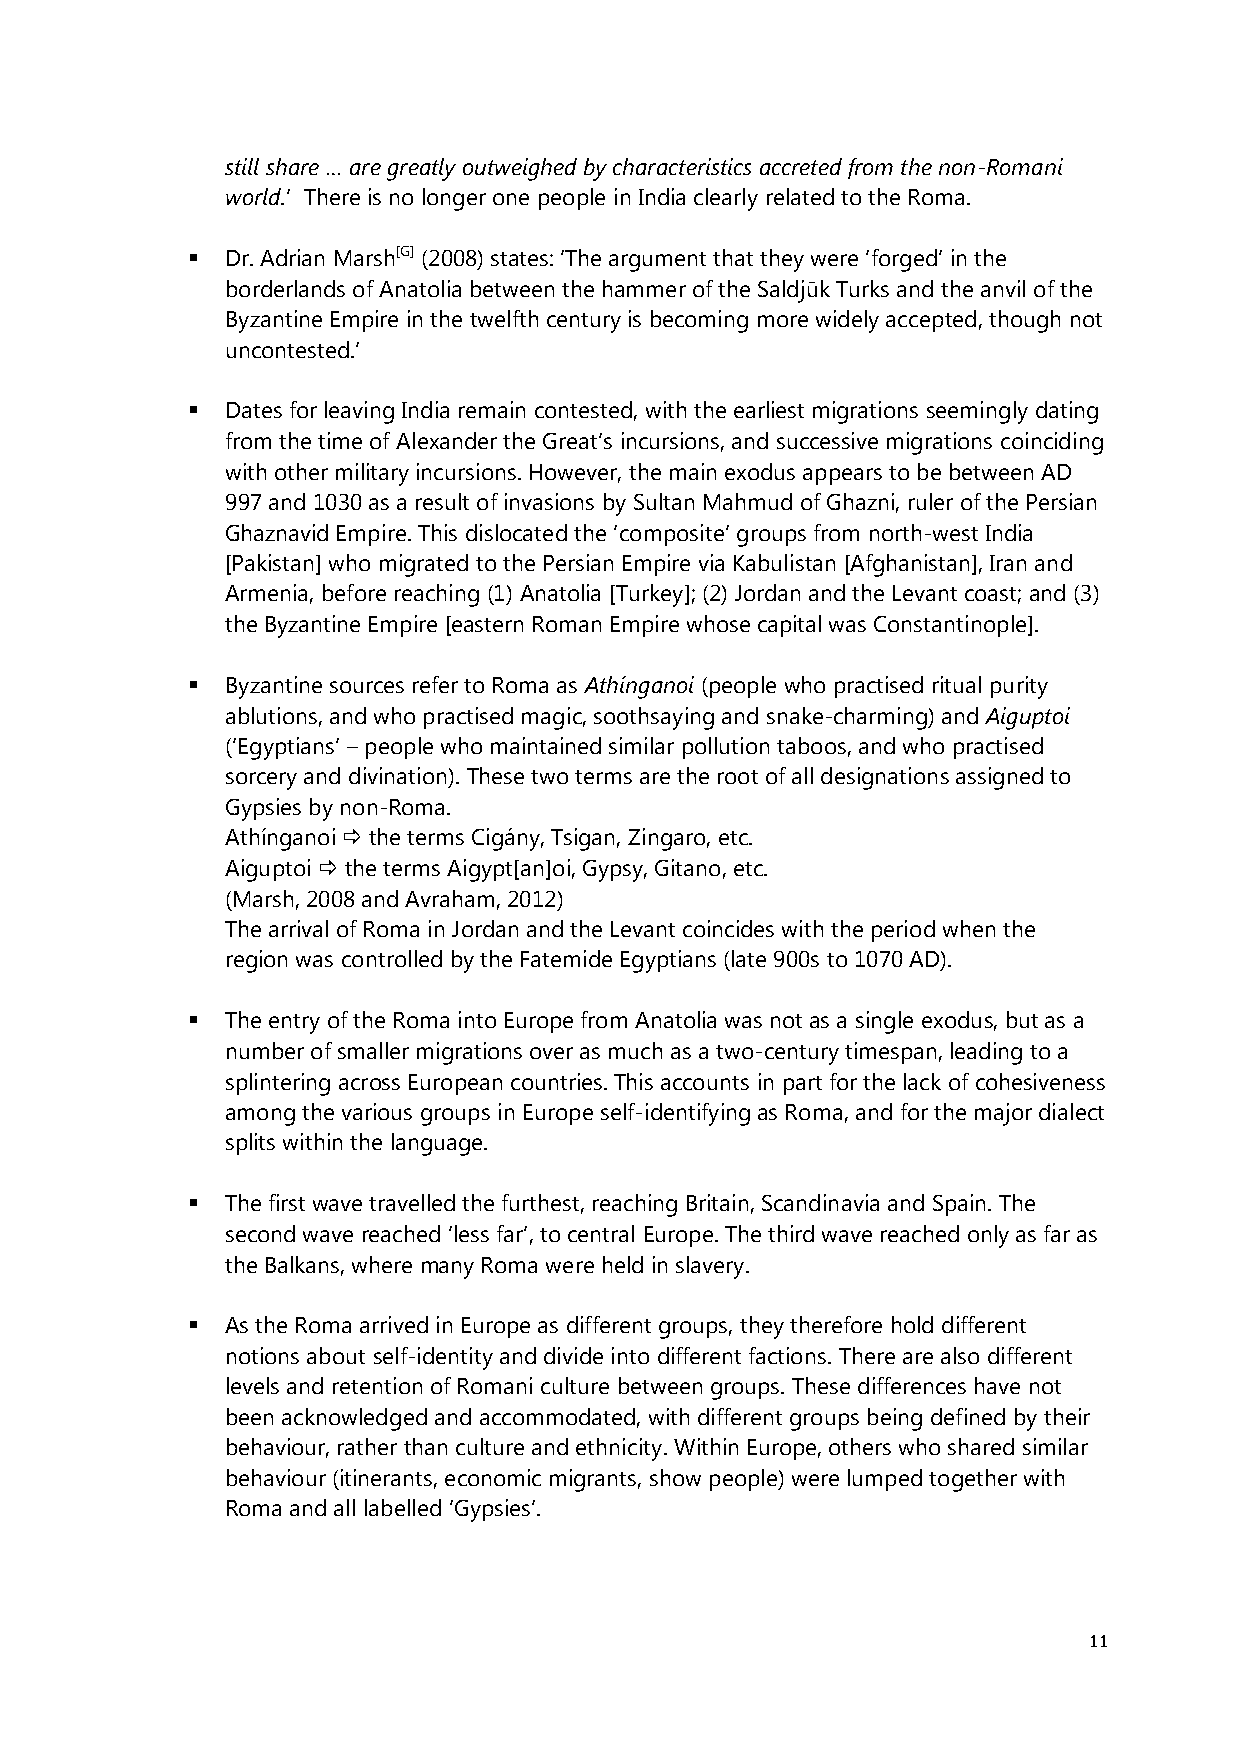
still share … are greatly outweighed by characteristics accreted from the non-Romani
 world.’ There is no longer one people in India clearly related to the Roma.
   Dr. Adrian Marsh[G] (﴾2008)﴿ states: ‘The argument that they were ‘forged’ in the
 borderlands of Anatolia between the hammer of the Saldjūk Turks and the anvil of the
 Byzantine Empire in the twelfth century is becoming more widely accepted, though not
 uncontested.’
   Dates for leaving India remain contested, with the earliest migrations seemingly dating
 from the time of Alexander the Great’s incursions, and successive migrations coinciding
 with other military incursions. However, the main exodus appears to be between AD
 997 and 1030 as a result of invasions by Sultan Mahmud of Ghazni, ruler of the Persian
 Ghaznavid Empire. This dislocated the ‘composite’ groups from north-west India
 [Pakistan] who migrated to the Persian Empire via Kabulistan [Afghanistan], Iran and
 Armenia, before reaching (1) Anatolia [Turkey]; (2) Jordan and the Levant coast; and (3)
 the Byzantine Empire [eastern Roman Empire whose capital was Constantinople].
   Byzantine sources refer to Roma as Athínganoi (people who practised ritual purity
 ablutions, and who practised magic, soothsaying and snake-charming) and Aiguptoi
 (‘Egyptians’ – people who maintained similar pollution taboos, and who practised
 sorcery and divination). These two terms are the root of all designations assigned to
 Gypsies by non-Roma.
 Athínganoi  the terms Cigány, Tsigan, Zingaro, etc.
 Aiguptoi  the terms Aigypt[an]oi, Gypsy, Gitano, etc.
 (Marsh, 2008 and Avraham, 2012)
 The arrival of Roma in Jordan and the Levant coincides with the period when the
 region was controlled by the Fatemide Egyptians (late 900s to 1070 AD).
   The entry of the Roma into Europe from Anatolia was not as a single exodus, but as a
 number of smaller migrations over as much as a two-century timespan, leading to a
 splintering across European countries. This accounts in part for the lack of cohesiveness
 among the various groups in Europe self-identifying as Roma, and for the major dialect
 splits within the language.
   The first wave travelled the furthest, reaching Britain, Scandinavia and Spain. The
 second wave reached ‘less far’, to central Europe. The third wave reached only as far as
 the Balkans, where many Roma were held in slavery.
   As the Roma arrived in Europe as different groups, they therefore hold different
 notions about self-identity and divide into different factions. There are also different
 levels and retention of Romani culture between groups. These differences have not
 been acknowledged and accommodated, with different groups being defined by their
 behaviour, rather than culture and ethnicity. Within Europe, others who shared similar
 behaviour (itinerants, economic migrants, show people) were lumped together with
 Roma and all labelled ‘Gypsies’.
 11